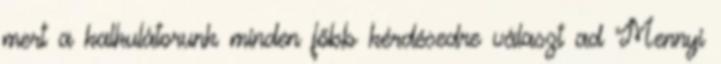
mert a kalkulátorunk minden főbb kérdésedre választ ad Mennyi